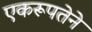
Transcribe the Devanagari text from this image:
एकरूपतेने